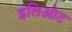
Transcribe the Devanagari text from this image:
इलिओट